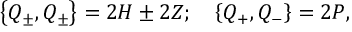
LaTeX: \left\{ Q _ { \pm } , Q _ { \pm } \right\} = 2 H \pm 2 Z ; \quad \left\{ Q _ { + } , Q _ { - } \right\} = 2 P ,